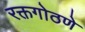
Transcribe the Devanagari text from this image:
रक्तगोठणे